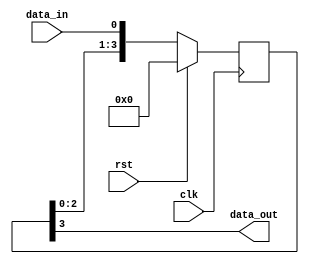
module sync_block(
    input wire clk,
    input wire rst,
    input wire data_in,
    output reg data_out
);

reg [3:0] sync_reg;

always @(posedge clk) begin
    if (rst) begin
        sync_reg <= 4'b0000;
    end else begin
        sync_reg <= {sync_reg[2:0], data_in};
    end
end

assign data_out = sync_reg[3];

endmodule